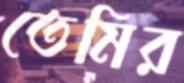
তেমির